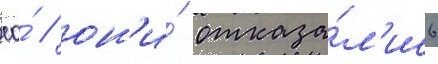
ео́ / он'и́ отказа́л'ись